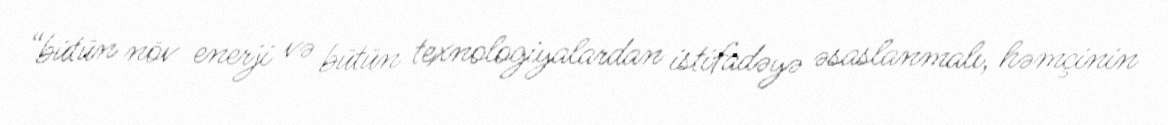
“bütün növ enerji və bütün texnologiyalardan istifadəyə əsaslanmalı, həmçinin